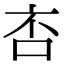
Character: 㕻